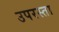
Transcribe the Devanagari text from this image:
उपरस्ता